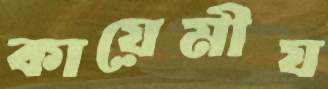
কায়েমীয